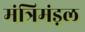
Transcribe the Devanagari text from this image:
मंत्रिमंड़ल